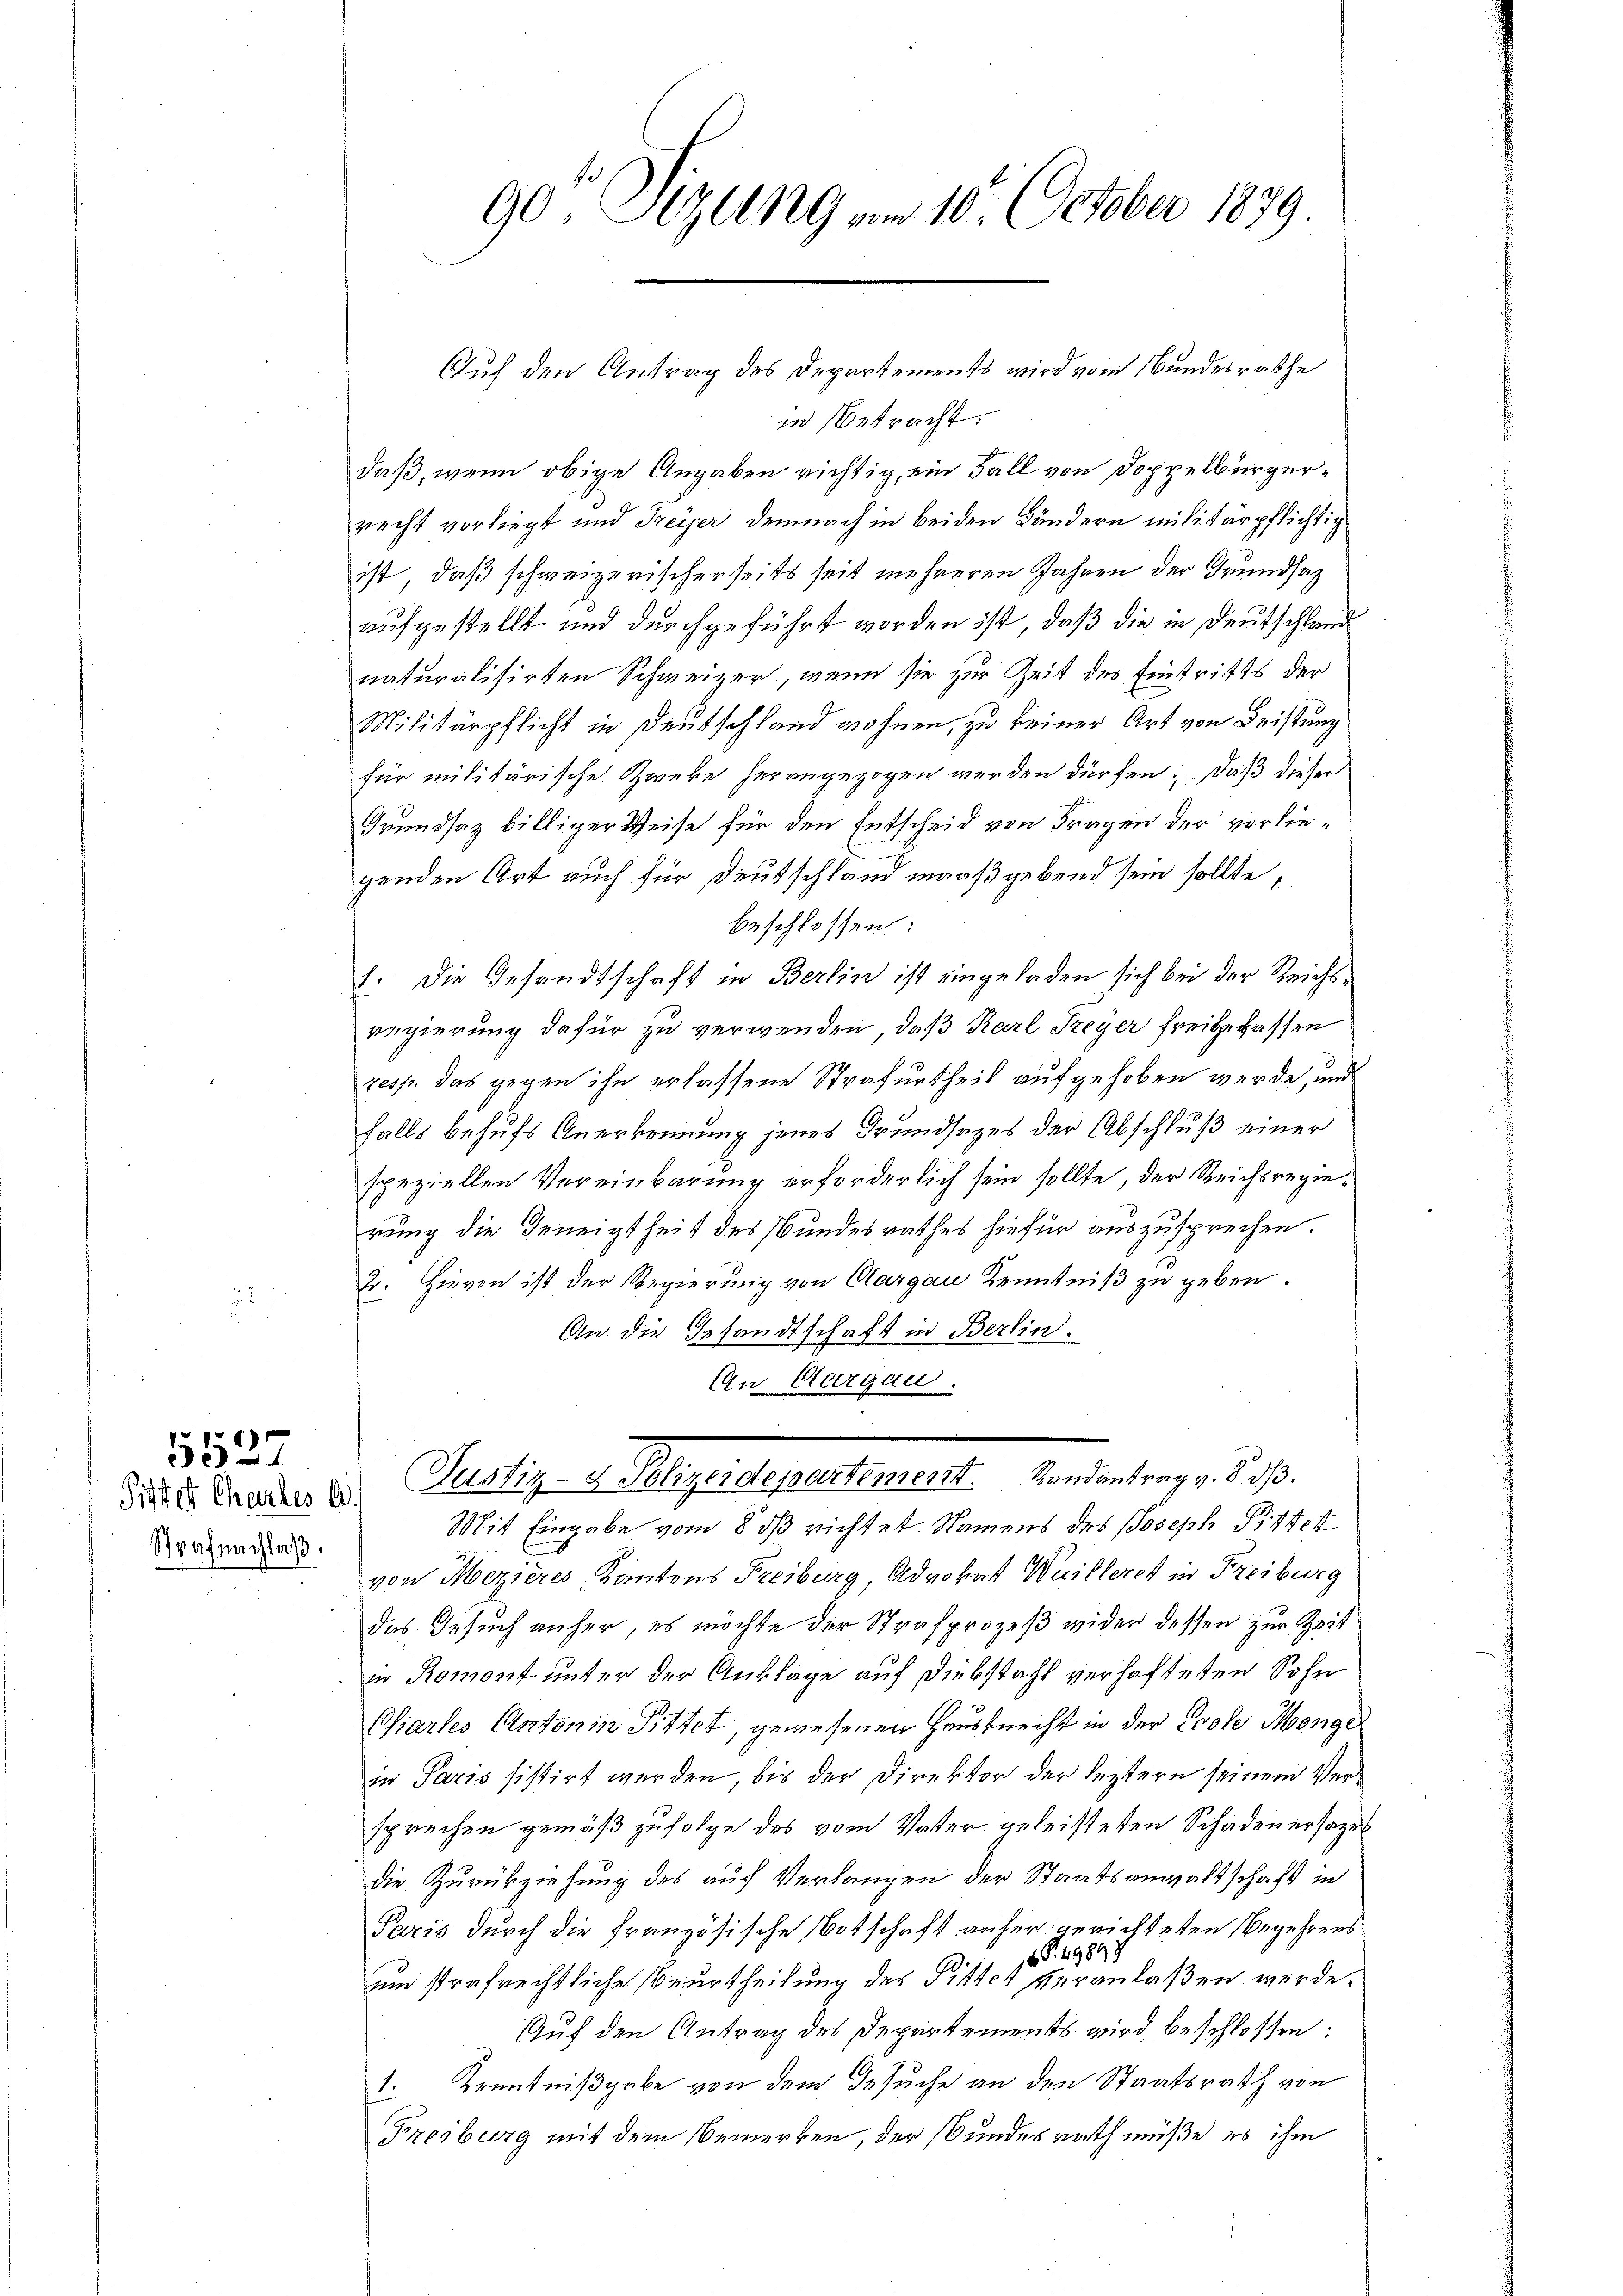
5527

Strafnachlaβ.

90 Sizung vom 10. October 1879.

Auf den Antrag des Departements wird vom Bundesrathe
in betracht.
daß, wenn obige Angaben richtig, ein Fall von Doppelbürgerrecht vorliegt und Freyer demnach in beiden Bändern militärpflichtig
ist, daß schweizerischerseits seit mehreren Jahren der Grundsaz
aufgestellt und durchgeführt worden ist, daß die in Deutschland
naturalisirten Schweizer, wenn sie zur Zeit des Eintritts der
Militärpflicht in Deutschland wohnen, zu keiner Art von Leistung
für militärische Zweke herangezogen werden dürfen; daß dieser
Grundsaz billiger Weise für den Entscheid von Fragen der vorliegenden Art auch für Deutschland maaßgebend sein sollte,
beschlossen:
1. Die Gesandtschaft in Berlin ist eingeladen sich bei der Reichsregierung dafür zu verwenden, daß Karl Freyer freigelassen
zesp. das gegen ihn erlassene Strafurtheil aufgehoben werde, und
falls behufs Anerkennung jenes Grundsezes der Abschluß einer
speziellen Vereinbarung erforderlich sein sollte, der Reichsregierung die Geneigtheit des Bundesrathes hiefür auszusprechen.
2. Hievon ist der Regierung von Aargau Kenntniß zu geben.
An die Gesandtschaft in Berlin.
An Aargau.

Se. Erndtes der Justiz- u. legendepartement. andentrag v. 290.

Mit Eingabe vom 8 dß richtet. Namens des Joseph Pittet
von Mezieres, Kantons Freiburg, Advokat Weilleret in Freiburg
das Gesuch anher, es möchte der Strafprozeß wider dessen zur Zeit
in Romont unter der Anklage auf Diebstahl verhafteten Sohn
Chiarles Antonin Pittet, gewesenen Hausknecht in der Ecole Mange
in Paris sistirt werden, bis der Direktor der leztern seinem Versprechen gemäß zufolge des vom Vater geleisteten Schadenersage
die Zurückziehung des auf Verlangen der Staatsanwaltschaft in
Paris durch die französische Botschaft anher gerichteten Begehrens
 S. 49898
um strafrechtliche Beurtheilung des Pitter veranlaßen werde.
Auf den Antrag des Departements wird beschlossen:
1. Kenntnißgabe von dem Gesuche an den Staatsrath von
Freiburg mit dem Bemerken, der Bundesrath müße es ihm